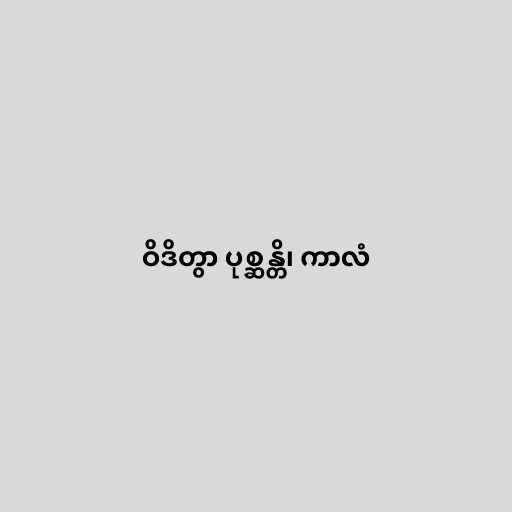
ဝိဒိတွာ ပုစ္ဆန္တိ၊ ကာလံ